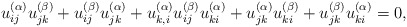
\begin{gather*}u_{ij}^{(\alpha)} u_{jk}^{(\beta)}+u_{ij}^{(\beta)} u_{jk}^{(\alpha)}+u_{k,i}^{(\alpha)} u_{ij}^{(\beta)} u_{ki}^{(\alpha)} + u_{jk}^{(\alpha)}u_{ki}^{(\beta)} + u_{jk}^{(\beta)} u_{ki}^{(\alpha)}=0,\end{gather*}